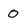
Character: 0